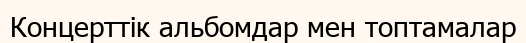
Концерттік альбомдар мен топтамалар